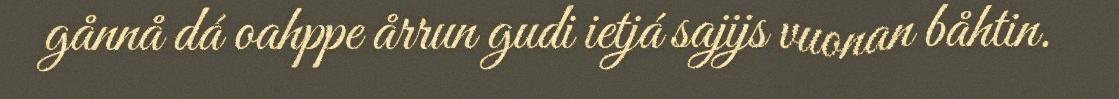
gånnå dá oahppe årrun gudi ietjá sajijs vuonan båhtin.